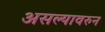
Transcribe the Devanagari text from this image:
असल्यावरुन